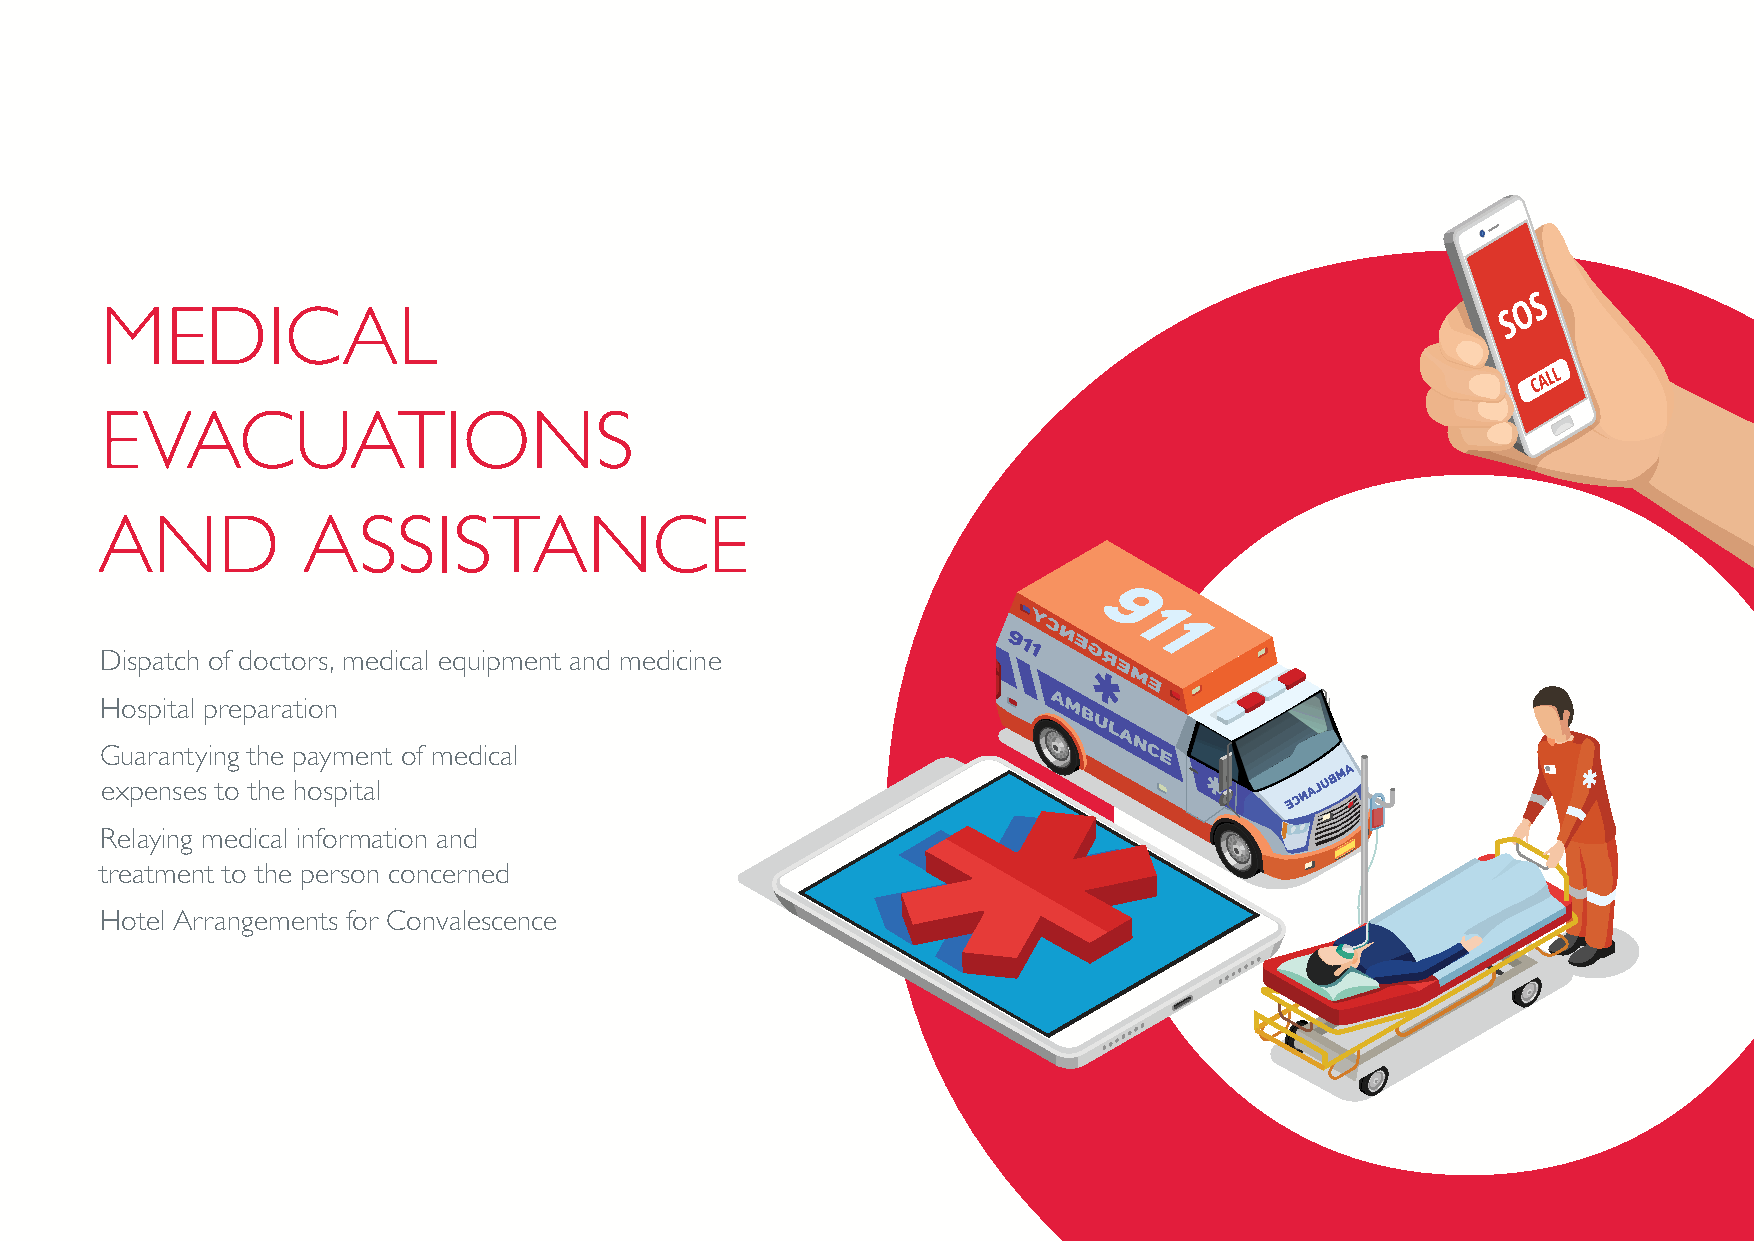
MEDICAL
 EVACUATIONS
 AND           ASSISTANCE
 Dispatch of doctors, medical equipment and medicine
 Hospital preparation
 Guarantying the payment of medical
 expenses to the hospital
 Relaying medical information and
 treatment to the person concerned
 Hotel Arrangements for Convalescence